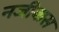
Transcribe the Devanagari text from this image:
नजीबास